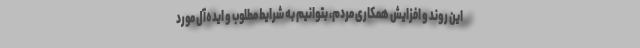
این روند و افزایش همکاری مردم، بتوانیم به شرایط مطلوب و ایده‌آل مورد